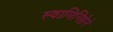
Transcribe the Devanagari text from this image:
स्वामिनिष्ठेने